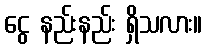
ငွေ နည်းနည်း ရှိသလား။